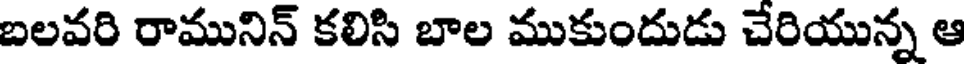
బలవరి రామునిన్ కలిసి బాల ముకుందుడు చేరియున్న ఆ